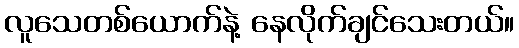
လူသေတစ်ယောက်နဲ့ နေလိုက်ချင်သေးတယ်။